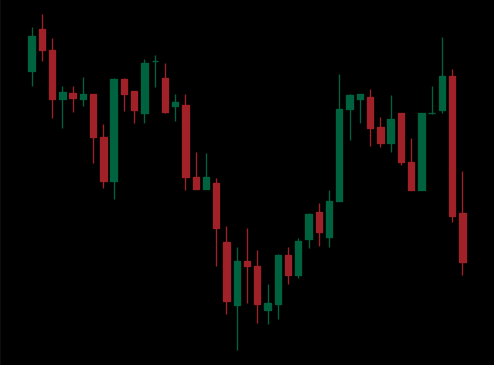
Pattern: inverse_head_shoulders